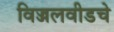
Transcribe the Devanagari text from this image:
विज्जलवीडचे